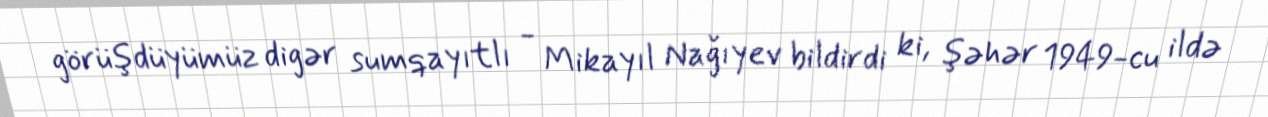
görüşdüyümüz digər sumqayıtlı - Mikayıl Nağıyev bildirdi ki, şəhər 1949-cu ildə